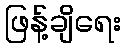
ဖြန့်ချိရေး